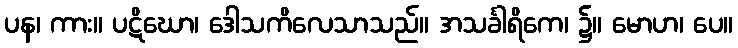
ပန၊ ကား။ ပဋိဃော၊ ဒေါသကိလေသာသည်။ အသင်္ခါရိကေ၊ ၌။ မောဟ၊ ပေ။